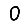
Digit: 0